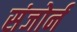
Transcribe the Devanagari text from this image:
संजोर्न